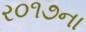
ર૦૧૭ના